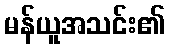
မန်ယူအသင်း၏